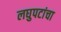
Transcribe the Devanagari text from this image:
लघुपटांचा